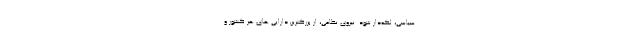
سیاسی، لکه‌دار شود. نیروی نظامی، از بزرگترین دارایی های هر کشور و